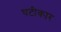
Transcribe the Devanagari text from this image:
घटीकार